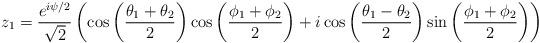
LaTeX: \begin{align*}z_1 = \frac{e^{i\psi/2}}{\sqrt{2}} \left(\cos \left(\frac{\theta_1+\theta_2}{2} \right)\cos \left(\frac{\phi_1 + \phi_2}{2} \right) + i \cos \left(\frac{\theta_1-\theta_2}{2} \right)\sin \left(\frac{\phi_1 + \phi_2}{2} \right)\right)\end{align*}